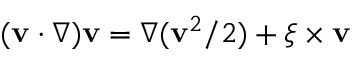
( { \bf v } \cdot \nabla ) { \bf v } = \nabla ( { \bf v } ^ { 2 } / 2 ) + \boldsymbol { \xi } \times { \bf v }